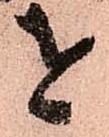
を